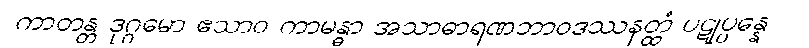
ကာတန္တ ဒုဂ္ဂမော ဧသာဝ ကာမန္ဓာ အသာဓာရဏဘာဝဒဿနတ္ထံ ပဋုပ္ပန္နေ